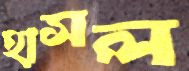
হাসল